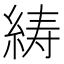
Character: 𦀳